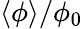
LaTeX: {\langle\phi\rangle}/\phi_{0}